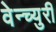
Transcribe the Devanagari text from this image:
वेन्च्युरी